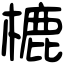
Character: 樚